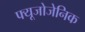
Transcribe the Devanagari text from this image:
फ्यूजोजेनिक